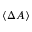
\langle \Delta A \rangle